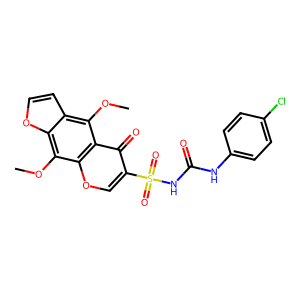
SMILES: COc1c2occc2c(OC)c2c(=O)c(S(=O)(=O)NC(=O)Nc3ccc(Cl)cc3)coc12
Inhibits HIV replication: No